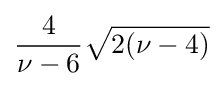
{\frac {4}{\nu -6}}{\sqrt {2(\nu -4)}}